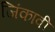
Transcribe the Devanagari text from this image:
जिंकावी